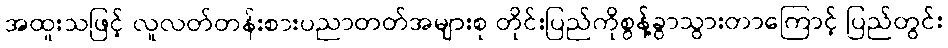
အထူးသဖြင့် လူလတ်တန်းစားပညာတတ်အများစု တိုင်းပြည်ကိုစွန့်ခွာသွားတာကြောင့် ပြည်တွင်း